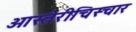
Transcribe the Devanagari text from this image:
ओस्तेरीचिस्चार